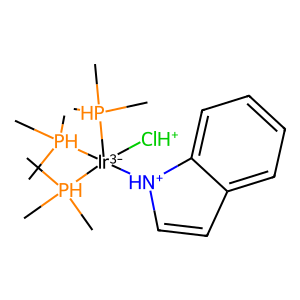
SMILES: C[PH](C)(C)[Ir-3]([ClH+])([NH+]1C=Cc2ccccc21)([PH](C)(C)C)[PH](C)(C)C
Inhibits HIV replication: No